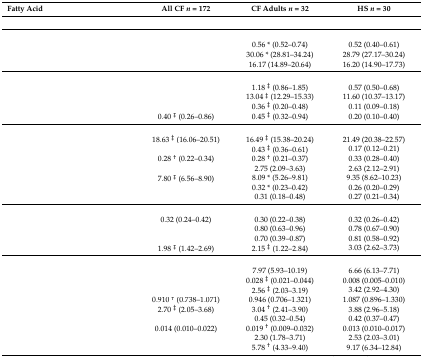
<table><thead><tr><td><b>Fatty Acid</b></td><td><b>All CF <i>n</i> = 172</b></td><td><b>CF Adults <i>n</i> = 32</b></td><td><b>HS <i>n</i> = 30</b></td></tr></thead><tbody><tr><td colspan="4">[EMPTY_CELL]</td></tr><tr><td colspan="4">[EMPTY_CELL]</td></tr><tr><td>[EMPTY_CELL]</td><td>[EMPTY_CELL]</td><td>0.56 * (0.52–0.74)</td><td>0.52 (0.40–0.61)</td></tr><tr><td>[EMPTY_CELL]</td><td>[EMPTY_CELL]</td><td>30.06 * (28.81–34.24)</td><td>28.79 (27.17–30.24)</td></tr><tr><td>[EMPTY_CELL]</td><td>[EMPTY_CELL]</td><td>16.17 (14.89–20.64)</td><td>16.20 (14.90–17.73)</td></tr><tr><td colspan="4">[EMPTY_CELL]</td></tr><tr><td>[EMPTY_CELL]</td><td>[EMPTY_CELL]</td><td>1.18 <sup>‡</sup> (0.86–1.85)</td><td>0.57 (0.50–0.68)</td></tr><tr><td>[EMPTY_CELL]</td><td>[EMPTY_CELL]</td><td>13.04 <sup>‡</sup> (12.29–15.33)</td><td>11.60 (10.37–13.17)</td></tr><tr><td>[EMPTY_CELL]</td><td>[EMPTY_CELL]</td><td>0.36 <sup>‡</sup> (0.20–0.48)</td><td>0.11 (0.09–0.18)</td></tr><tr><td>[EMPTY_CELL]</td><td>0.40 <sup>‡</sup> (0.26–0.86)</td><td>0.45 <sup>‡</sup> (0.32–0.94)</td><td>0.20 (0.10–0.40)</td></tr><tr><td colspan="4">[EMPTY_CELL]</td></tr><tr><td>[EMPTY_CELL]</td><td>18.63 <sup>‡</sup> (16.06–20.51)</td><td>16.49 <sup>‡</sup> (15.38–20.24)</td><td>21.49 (20.38–22.57)</td></tr><tr><td>[EMPTY_CELL]</td><td>[EMPTY_CELL]</td><td>0.43 <sup>‡</sup> (0.36–0.61)</td><td>0.17 (0.12–0.21)</td></tr><tr><td>[EMPTY_CELL]</td><td>0.28 <sup>†</sup> (0.22–0.34)</td><td>0.28 <sup>†</sup> (0.21–0.37)</td><td>0.33 (0.28–0.40)</td></tr><tr><td>[EMPTY_CELL]</td><td>[EMPTY_CELL]</td><td>2.75 (2.09–3.63)</td><td>2.63 (2.12–2.91)</td></tr><tr><td>[EMPTY_CELL]</td><td>7.80 <sup>‡</sup> (6.56–8.90)</td><td>8.09 * (5.26–9.81)</td><td>9.35 (8.62–10.23)</td></tr><tr><td>[EMPTY_CELL]</td><td>[EMPTY_CELL]</td><td>0.32 * (0.23–0.42)</td><td>0.26 (0.20–0.29)</td></tr><tr><td>[EMPTY_CELL]</td><td>[EMPTY_CELL]</td><td>0.31 (0.18–0.48)</td><td>0.27 (0.21–0.34)</td></tr><tr><td colspan="4">[EMPTY_CELL]</td></tr><tr><td>[EMPTY_CELL]</td><td>0.32 (0.24–0.42)</td><td>0.30 (0.22–0.38)</td><td>0.32 (0.26–0.42)</td></tr><tr><td>[EMPTY_CELL]</td><td>[EMPTY_CELL]</td><td>0.80 (0.63–0.96)</td><td>0.78 (0.67–0.90)</td></tr><tr><td>[EMPTY_CELL]</td><td>[EMPTY_CELL]</td><td>0.70 (0.39–0.87)</td><td>0.81 (0.58–0.92)</td></tr><tr><td>[EMPTY_CELL]</td><td>1.98 <sup>‡</sup> (1.42–2.69)</td><td>2.15 <sup>‡</sup> (1.22–2.84)</td><td>3.03 (2.62–3.73)</td></tr><tr><td colspan="4">[EMPTY_CELL]</td></tr><tr><td>[EMPTY_CELL]</td><td>[EMPTY_CELL]</td><td>7.97 (5.93–10.19)</td><td>6.66 (6.13–7.71)</td></tr><tr><td>[EMPTY_CELL]</td><td>[EMPTY_CELL]</td><td>0.028 <sup>‡</sup> (0.021–0.044)</td><td>0.008 (0.005–0.010)</td></tr><tr><td>[EMPTY_CELL]</td><td>[EMPTY_CELL]</td><td>2.56 <sup>‡</sup> (2.03–3.19)</td><td>3.42 (2.92–4.30)</td></tr><tr><td>[EMPTY_CELL]</td><td>0.910 <sup>†</sup> (0.738–1.071)</td><td>0.946 (0.706–1.321)</td><td>1.087 (0.896–1.330)</td></tr><tr><td>[EMPTY_CELL]</td><td>2.70 <sup>‡</sup> (2.05–3.68)</td><td>3.04 <sup>†</sup> (2.41–3.90)</td><td>3.88 (2.96–5.18)</td></tr><tr><td>[EMPTY_CELL]</td><td>[EMPTY_CELL]</td><td>0.45 (0.32–0.54)</td><td>0.42 (0.37–0.47)</td></tr><tr><td>[EMPTY_CELL]</td><td>0.014 (0.010–0.022)</td><td>0.019 <sup>†</sup> (0.009–0.032)</td><td>0.013 (0.010–0.017)</td></tr><tr><td>[EMPTY_CELL]</td><td>[EMPTY_CELL]</td><td>2.30 (1.78–3.71)</td><td>2.53 (2.03–3.01)</td></tr><tr><td>[EMPTY_CELL]</td><td>[EMPTY_CELL]</td><td>5.78 <sup>†</sup> (4.33–9.40)</td><td>9.17 (6.34–12.84)</td></tr></tbody></table>